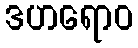
ဒဟရောဝ